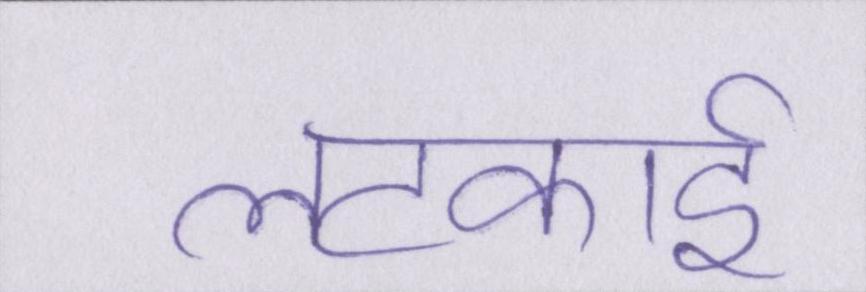
लटकाई